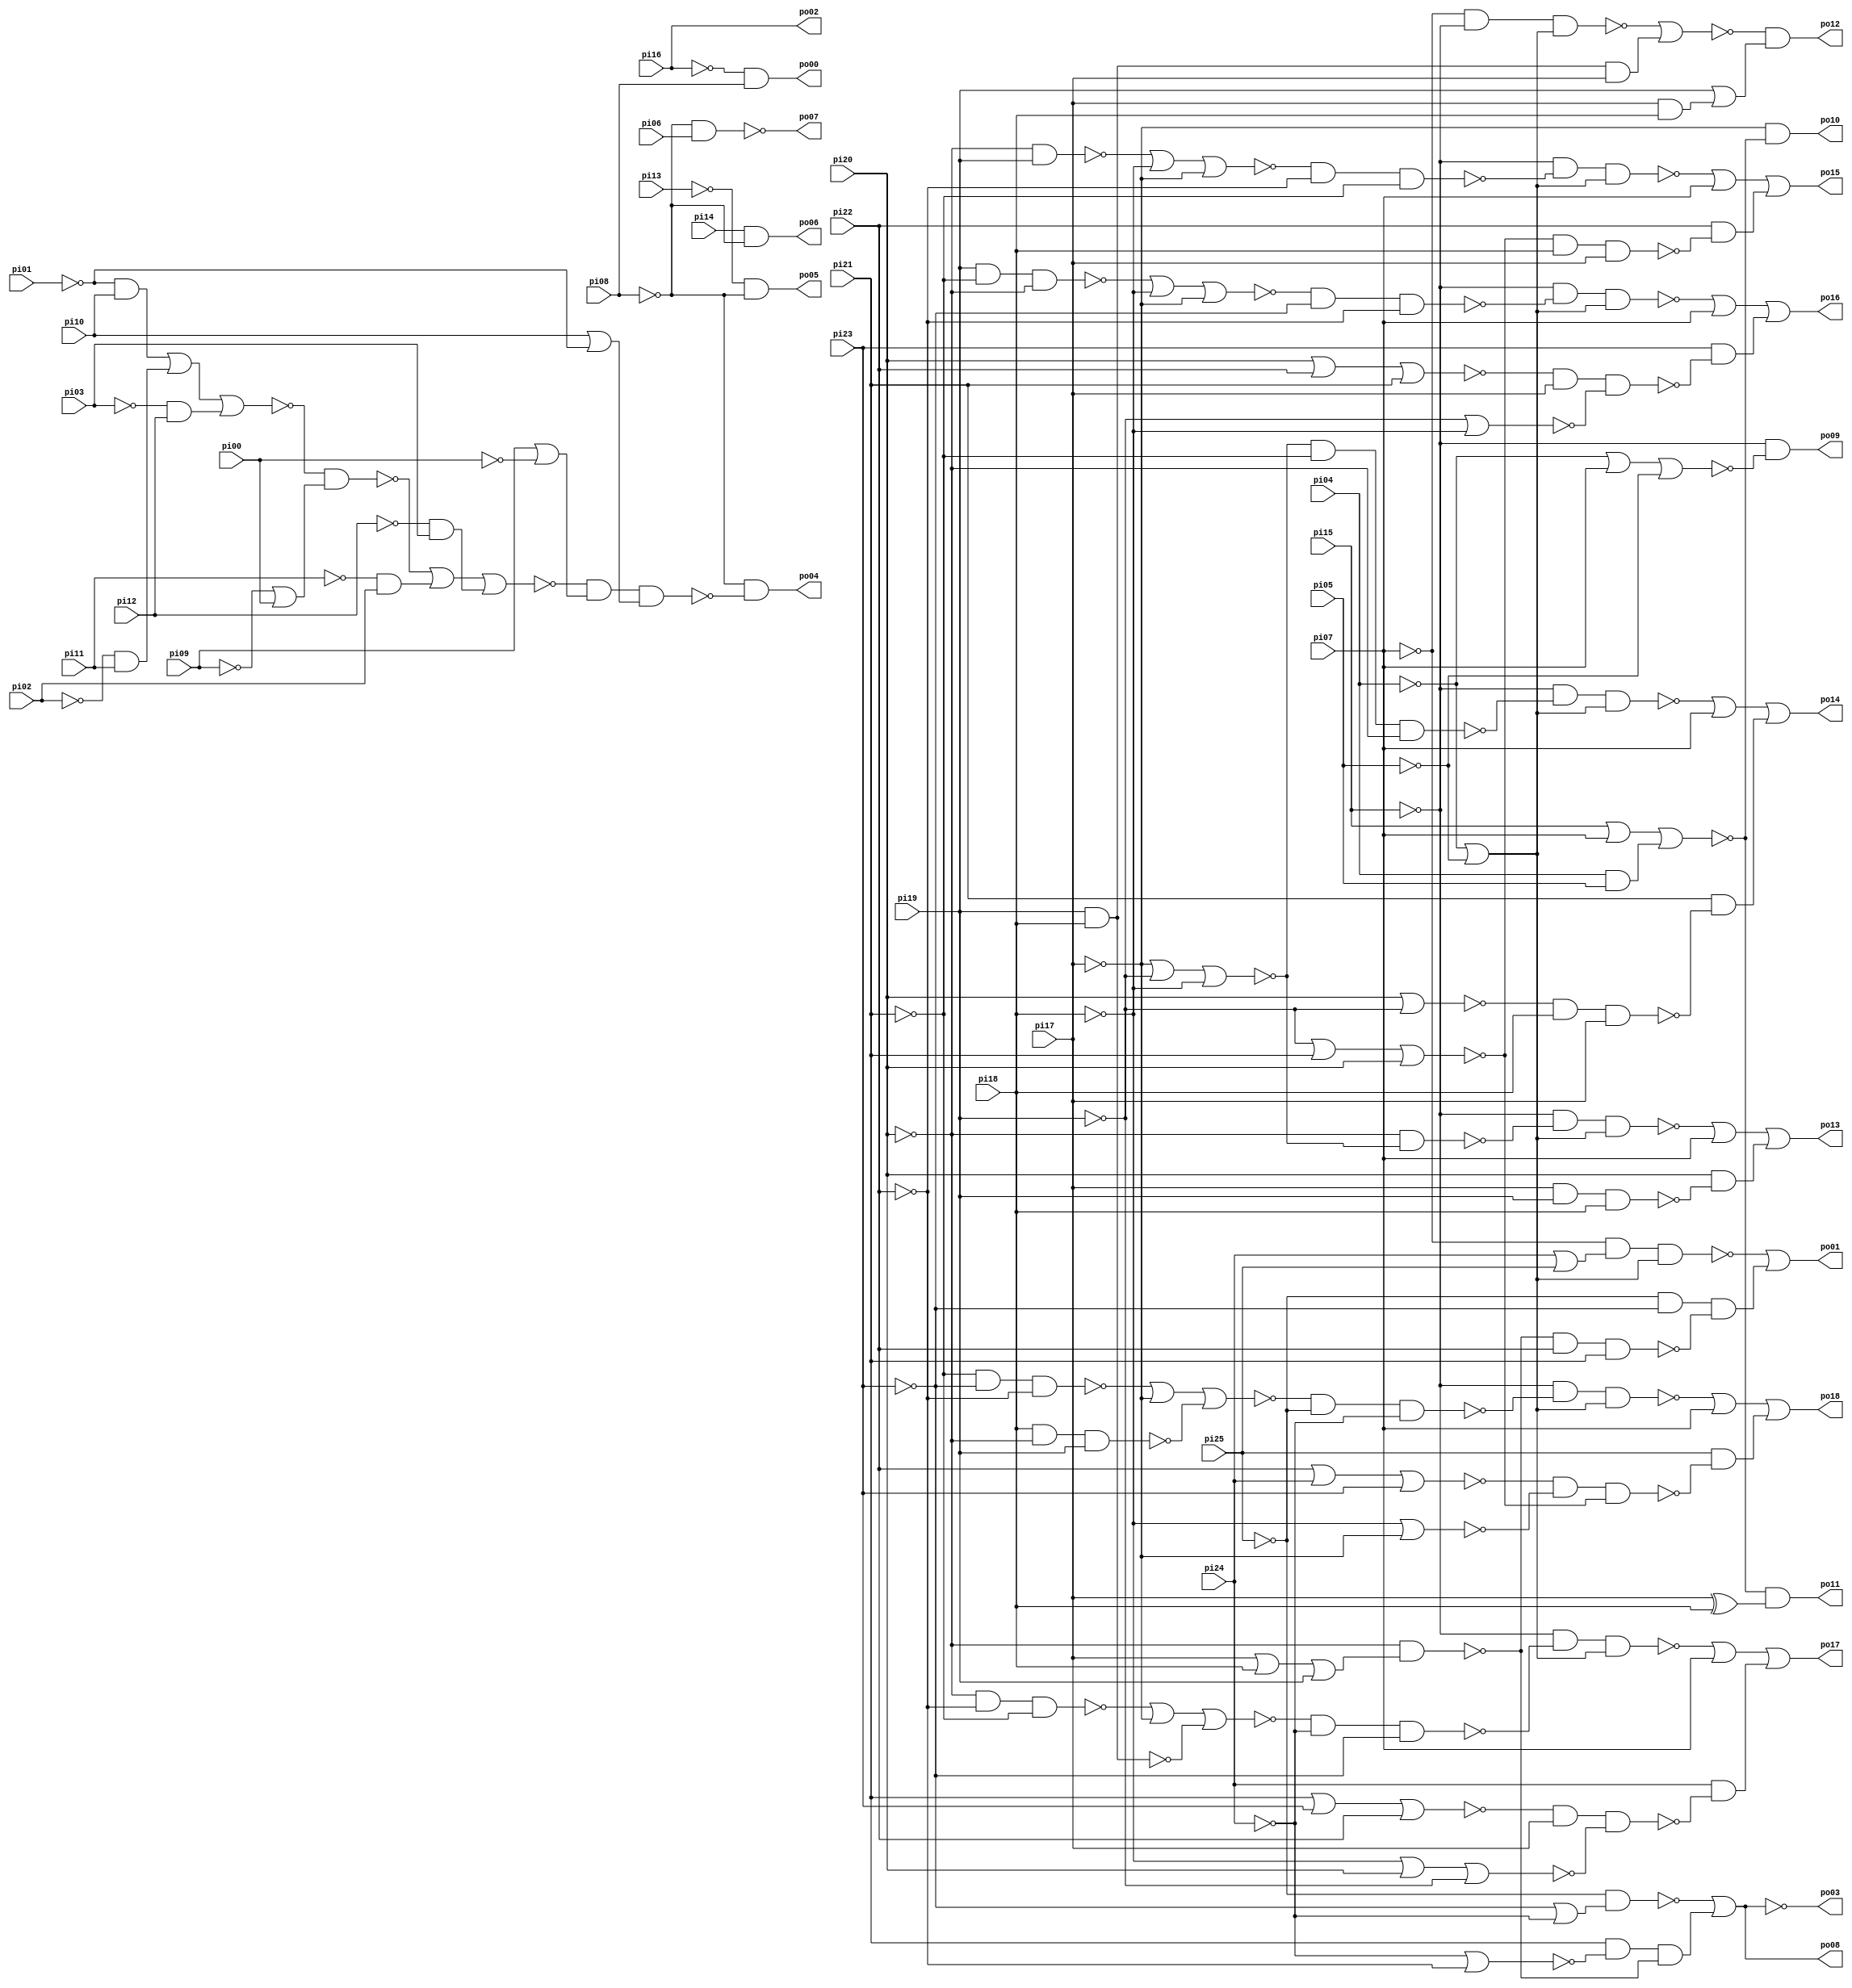
// Benchmark "lal" written by ABC on Thu Mar 19 13:02:36 2020

module lal ( 
    pi00, pi01, pi02, pi03, pi04, pi05, pi06, pi07, pi08, pi09, pi10, pi11,
    pi12, pi13, pi14, pi15, pi16, pi17, pi18, pi19, pi20, pi21, pi22, pi23,
    pi24, pi25,
    po00, po01, po02, po03, po04, po05, po06, po07, po08, po09, po10, po11,
    po12, po13, po14, po15, po16, po17, po18  );
  input  pi00, pi01, pi02, pi03, pi04, pi05, pi06, pi07, pi08, pi09,
    pi10, pi11, pi12, pi13, pi14, pi15, pi16, pi17, pi18, pi19, pi20, pi21,
    pi22, pi23, pi24, pi25;
  output po00, po01, po02, po03, po04, po05, po06, po07, po08, po09, po10,
    po11, po12, po13, po14, po15, po16, po17, po18;
  wire new_n64_, new_n65_, new_n66_, new_n67_, new_n68_, new_n69_, new_n70_,
    new_n71_, new_n72_, new_n73_, new_n74_, new_n75_, new_n76_, new_n77_,
    new_n78_, new_n79_, new_n80_, new_n81_, new_n82_, new_n83_, new_n84_,
    new_n85_, new_n86_, new_n87_, new_n88_, new_n89_, new_n90_, new_n91_,
    new_n92_, new_n93_, new_n94_, new_n95_, new_n96_, new_n97_, new_n98_,
    new_n99_, new_n100_, new_n101_, new_n102_, new_n103_, new_n104_,
    new_n105_, new_n106_, new_n107_, new_n108_, new_n109_, new_n110_,
    new_n111_, new_n112_, new_n113_, new_n114_, new_n115_;
  assign po00 = ~pi16 & pi08;
  assign po01 = ~new_n106_ | (~pi25 & ~pi23 & ~new_n105_);
  assign po03 = ~new_n110_;
  assign po04 = ~pi08 & ~new_n111_;
  assign po05 = ~pi13 & ~pi08;
  assign po06 = pi14 & ~pi08;
  assign po07 = ~new_n115_;
  assign po08 = ~new_n109_ | (pi21 & ~new_n108_ & ~new_n107_);
  assign po09 = ~pi15 & ~new_n64_;
  assign po10 = ~pi17 & ~new_n65_;
  assign po11 = ~new_n65_ & (pi17 ^ pi18);
  assign po12 = ~new_n66_ & (pi19 | (pi17 & pi18));
  assign po13 = ~new_n69_ | pi07 | (pi20 & ~new_n68_);
  assign po14 = ~new_n73_ | pi07 | (pi21 & ~new_n72_);
  assign po15 = ~new_n77_ | pi07 | (pi22 & ~new_n76_);
  assign po16 = ~new_n83_ | pi07 | (pi23 & ~new_n82_);
  assign po17 = ~new_n90_ | pi07 | (pi24 & ~new_n89_);
  assign po18 = ~new_n98_ | pi07 | (pi25 & ~new_n97_);
  assign new_n64_ = ~pi04 | pi07 | ~pi05;
  assign new_n65_ = pi15 | pi07 | (pi04 & pi05);
  assign new_n66_ = ~new_n67_ | (pi19 & pi18 & pi17);
  assign new_n67_ = ~pi07 & ~pi15 & (~pi04 | ~pi05);
  assign new_n68_ = pi17 & pi19 & pi18;
  assign new_n69_ = ~pi15 & ~new_n70_ & (~pi05 | ~pi04);
  assign new_n70_ = ~pi20 & ~new_n71_;
  assign new_n71_ = ~pi17 | ~pi19 | ~pi18;
  assign new_n72_ = ~new_n75_ & pi18 & pi17;
  assign new_n73_ = ~pi15 & ~new_n74_ & (~pi05 | ~pi04);
  assign new_n74_ = ~new_n71_ & ~pi21 & ~pi20;
  assign new_n75_ = pi20 | ~pi19;
  assign new_n76_ = ~new_n81_ & pi18 & pi17;
  assign new_n77_ = ~pi15 & ~new_n78_ & (~pi05 | ~pi04);
  assign new_n78_ = ~new_n79_ & ~pi22 & ~pi21;
  assign new_n79_ = ~new_n80_ | ~pi18 | ~pi17;
  assign new_n80_ = ~pi20 & pi19;
  assign new_n81_ = ~pi19 | pi21 | pi20;
  assign new_n82_ = ~new_n88_ & pi17 & ~new_n87_;
  assign new_n83_ = ~pi15 & ~new_n84_ & (~pi05 | ~pi04);
  assign new_n84_ = ~new_n85_ & ~pi23 & ~pi22;
  assign new_n85_ = ~new_n86_ | ~pi18 | ~pi17;
  assign new_n86_ = pi19 & ~pi21 & ~pi20;
  assign new_n87_ = ~pi19 | ~pi18;
  assign new_n88_ = pi20 | pi22 | pi21;
  assign new_n89_ = ~new_n96_ & pi17 & ~new_n95_;
  assign new_n90_ = ~pi15 & ~new_n91_ & (~pi05 | ~pi04);
  assign new_n91_ = ~new_n92_ & ~pi24 & ~pi23;
  assign new_n92_ = ~new_n94_ | ~pi17 | ~new_n93_;
  assign new_n93_ = pi19 & pi18;
  assign new_n94_ = ~pi20 & ~pi22 & ~pi21;
  assign new_n95_ = ~pi18 | pi20 | ~pi19;
  assign new_n96_ = pi21 | pi23 | pi22;
  assign new_n97_ = ~new_n104_ & ~new_n103_ & ~new_n81_;
  assign new_n98_ = ~pi15 & ~new_n99_ & (~pi05 | ~pi04);
  assign new_n99_ = ~new_n100_ & ~pi25 & ~pi24;
  assign new_n100_ = ~new_n102_ | ~pi17 | ~new_n101_;
  assign new_n101_ = pi18 & ~pi20 & pi19;
  assign new_n102_ = ~pi21 & ~pi23 & ~pi22;
  assign new_n103_ = ~pi18 | ~pi17;
  assign new_n104_ = pi22 | pi24 | pi23;
  assign new_n105_ = ~new_n107_ & pi22 & pi21;
  assign new_n106_ = ~pi07 & (pi24 | pi25) & (~pi04 | ~pi05);
  assign new_n107_ = ~pi20 & (pi17 | pi18 | pi19);
  assign new_n108_ = ~pi24 | ~pi22;
  assign new_n109_ = ~pi25 & (~pi23 | ~pi24);
  assign new_n110_ = ~new_n109_ | (pi21 & ~new_n108_ & ~new_n107_);
  assign new_n111_ = ~new_n112_ & (pi09 | ~pi00) & (pi10 | ~pi01);
  assign new_n112_ = ~new_n113_ | (~pi11 & pi02) | (~pi12 & pi03);
  assign new_n113_ = ~new_n114_ & (~pi09 | pi00);
  assign new_n114_ = (~pi01 & pi10) | (~pi02 & pi11) | (~pi03 & pi12);
  assign new_n115_ = ~pi08 & pi06;
  assign po02 = pi16;
endmodule